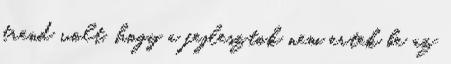
trend volt, hogy a fejlesztok nem ertek be az